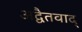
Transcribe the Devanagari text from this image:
अद्वैतवाद्